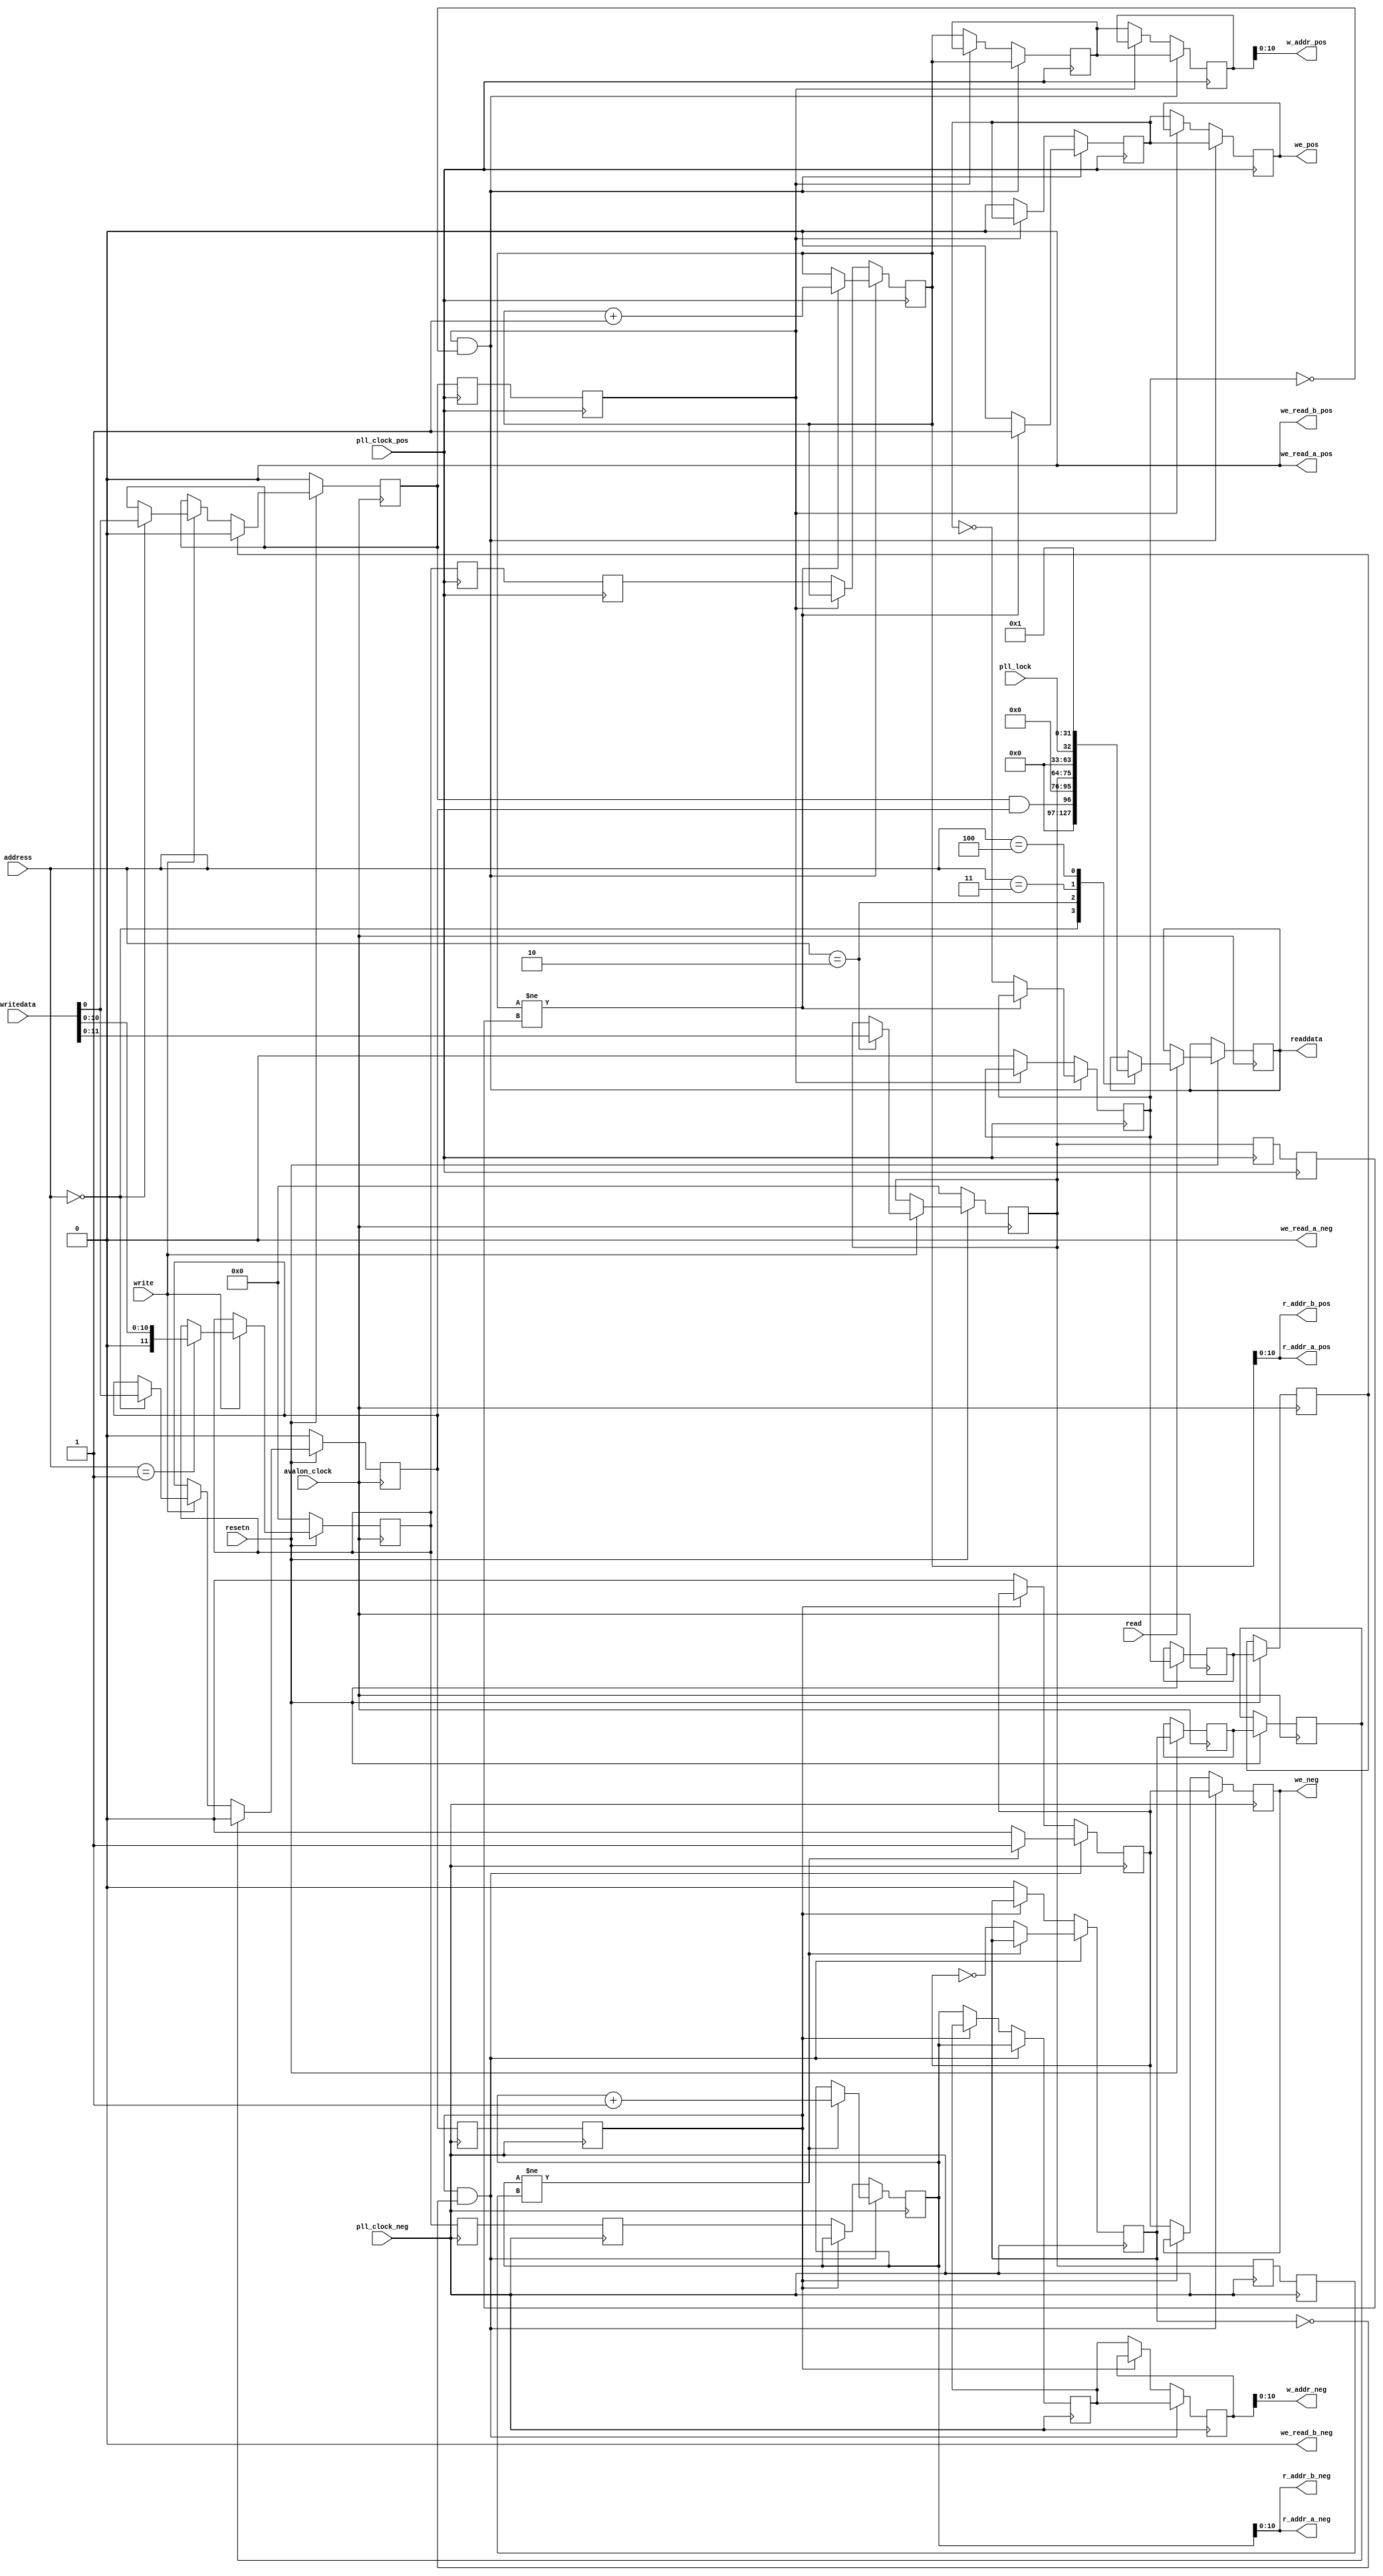
module testControlUnit (avalon_clock, pll_clock_pos, pll_clock_neg, resetn, writedata, readdata, write, read, address,
	r_addr_a_pos, r_addr_a_neg, r_addr_b_pos, r_addr_b_neg, w_addr_pos, w_addr_neg, we_pos, we_neg, we_read_a_pos, we_read_a_neg,
	we_read_b_pos, we_read_b_neg, pll_lock
	);

parameter ID = 1;
// signals for connecting to the Avalon fabric 
input avalon_clock, pll_clock_pos, pll_clock_neg, resetn, read, write, pll_lock;
input [2:0] address;
input [31:0] writedata;
output we_pos, we_neg, we_read_a_pos, we_read_a_neg, we_read_b_pos, we_read_b_neg;
output [10:0] r_addr_a_pos, r_addr_a_neg, r_addr_b_pos, r_addr_b_neg, w_addr_pos, w_addr_neg;
output [31:0] readdata;

reg [31:0] readdata;
reg [11:0] r_addr_pos_cnt, r_addr_neg_cnt, w_addr_pos_cnt, w_addr_neg_cnt, num, set_addr;
(* preserve="true" *) reg [11:0] set_addr_pos_1, set_addr_pos_2, set_addr_neg_1, set_addr_neg_2;
(* preserve="true" *) reg [11:0] num_pos_1, num_pos_2, num_neg_1, num_neg_2;
(* preserve="true" *) reg [11:0] w_addr_pos_delay, w_addr_neg_delay;
reg go_pos, go_neg, we_pos, we_neg, done_pos, done_neg;
(* preserve="true" *) reg we_pos_delay, we_neg_delay, go_pos_1, go_pos_2, go_neg_1, go_neg_2;
(* preserve="true" *) reg done_pos_1, done_pos_2, done_neg_1, done_neg_2;
 

assign r_addr_a_pos = r_addr_pos_cnt[10:0];
assign r_addr_a_neg = r_addr_neg_cnt[10:0];
assign r_addr_b_pos = r_addr_a_pos;
assign r_addr_b_neg = r_addr_a_neg;

assign w_addr_pos = w_addr_pos_cnt[10:0];
assign w_addr_neg = w_addr_neg_cnt[10:0];

assign we_read_a_pos = 1'b0;
assign we_read_a_neg = 1'b0;
assign we_read_b_pos = we_read_a_pos;
assign we_read_b_neg = we_read_a_neg; 



always@(posedge avalon_clock) begin
	if(!resetn) begin
		go_pos <= 1'b0;
		go_neg <= 1'b0;
		set_addr <= 12'b0;
		num <= 12'b0;
	end
	else begin
		if(write) begin
			case(address)
				3'b000: begin
					go_pos <= writedata[0];
					go_neg <= writedata[0];
				end
				3'b001: begin
					set_addr <= {1'b0, writedata[10:0]};
				end
				3'b010: begin
					num <= writedata[11:0];
				end
				default: ;
			endcase
		end
		if(read) begin
			case(address)
				3'b000: readdata <= (go_pos & go_neg);
				3'b010: readdata <= num;
				3'b011: readdata <= pll_lock;
				3'b100: readdata <= ID;
				default: ;
			endcase
		end
		//prvent metastability
		done_pos_1 <= done_pos;
		done_pos_2 <= done_pos_1;
		done_neg_1 <= done_neg;
		done_neg_2 <= done_neg_1;

		if(done_pos_2) go_pos <= 1'b0;
		if(done_neg_2) go_neg <= 1'b0;
	end
end

always@(posedge pll_clock_pos) begin
	//prevent metastability
	num_pos_1 <= num;
	go_pos_1 <= go_pos;
	go_pos_2 <= go_pos_1;
	num_pos_2 <= num_pos_1;
	set_addr_pos_1 <= set_addr;
	set_addr_pos_2 <= set_addr_pos_1;

	if(go_pos_2 && !done_pos) begin
		if(r_addr_pos_cnt!=num_pos_2) begin //assume r_addr_pos < num_pos
			we_pos_delay <= 1'b1;
			we_pos <= we_pos_delay;

			r_addr_pos_cnt <= r_addr_pos_cnt+12'b1;
			w_addr_pos_delay <= r_addr_pos_cnt;
			w_addr_pos_cnt <= w_addr_pos_delay;
		end
		else begin
			we_pos_delay <= 1'b0;
			we_pos <= we_pos_delay;

			w_addr_pos_delay <= r_addr_pos_cnt;
			w_addr_pos_cnt <= w_addr_pos_delay;

			done_pos <= ~we_pos_delay;
		end
	end
	else if(!go_pos_2) begin
		we_pos_delay <= 1'b0;
		we_pos <= we_pos_delay;

		r_addr_pos_cnt <= set_addr_pos_2;
		w_addr_pos_delay <= r_addr_pos_cnt;

		w_addr_pos_cnt <= w_addr_pos_delay;
		done_pos <= 1'b0;
	end
end

always@(posedge pll_clock_neg) begin
	//prevent metastability
	go_neg_1 <= go_neg;
	go_neg_2 <= go_neg_1;
	num_neg_1 <= num;
	num_neg_2 <= num_neg_1;
	set_addr_neg_1 <= set_addr;
	set_addr_neg_2 <= set_addr_neg_1;

	if(go_neg_2 && !done_neg) begin
		if(r_addr_neg_cnt!=num_neg_2) begin
			we_neg_delay <= 1'b1;
			we_neg <= we_neg_delay;

			r_addr_neg_cnt <= r_addr_neg_cnt+12'b1;
			w_addr_neg_delay <= r_addr_neg_cnt;
			w_addr_neg_cnt <= w_addr_neg_delay;
		end
		else begin
			we_neg_delay <= 1'b0;
			we_neg <= we_neg_delay;

			w_addr_neg_delay <= r_addr_neg_cnt;
			w_addr_neg_cnt <= w_addr_neg_delay;

			done_neg <= ~we_neg_delay;
		end
	end
	else if(!go_neg_2) begin
		we_neg_delay <= 1'b0;
		we_neg <= we_neg_delay;

		r_addr_neg_cnt <= set_addr_neg_2;
		w_addr_neg_delay <= r_addr_neg_cnt;
		w_addr_neg_cnt <= w_addr_neg_delay;

		done_neg <= 1'b0;
	end
end

endmodule